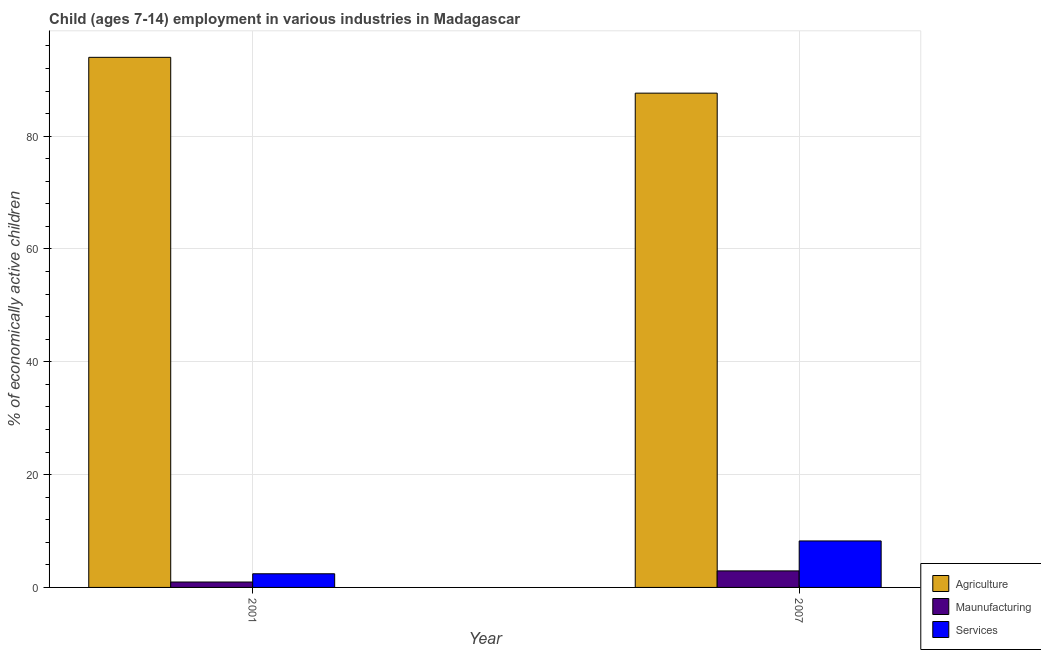
| Year | Agriculture | Maunufacturing | Services |
 | --- | --- | --- | --- |
 | 2001 | 94 | 0.96 | 2.42 |
 | 2007 | 87.6 | 2.93 | 8.24 |